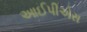
આઈપીએસ